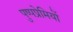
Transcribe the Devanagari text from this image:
पुष्पप्रेमियों